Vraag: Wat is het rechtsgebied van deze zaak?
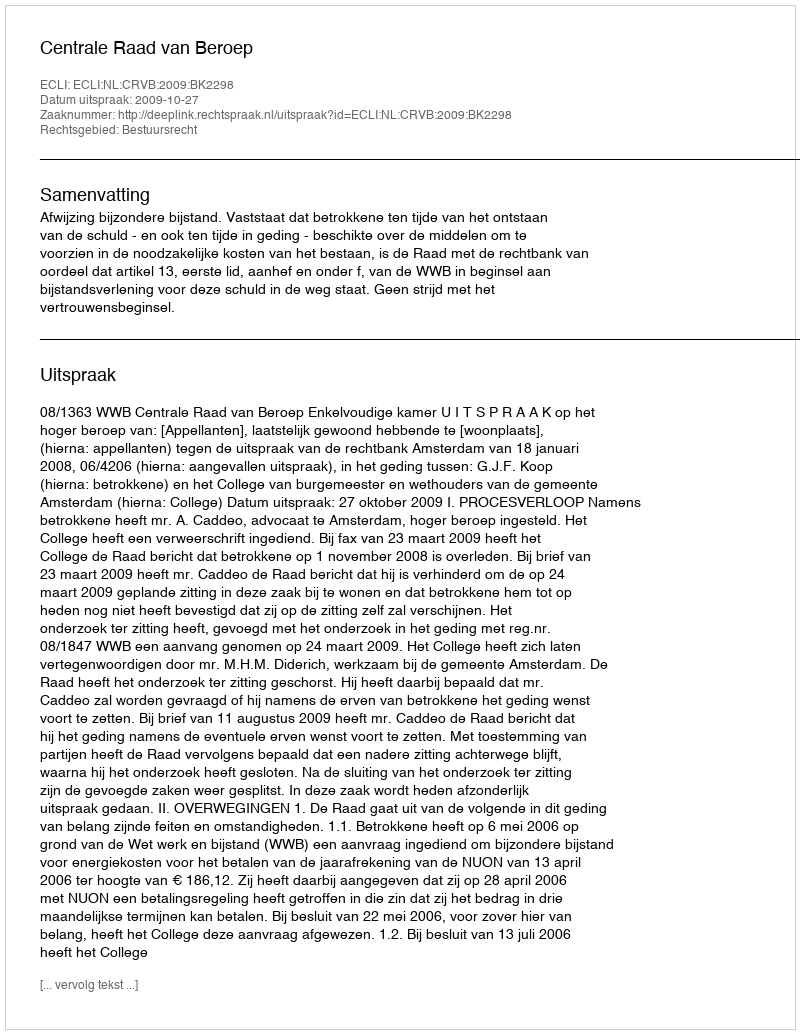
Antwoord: Bestuursrecht